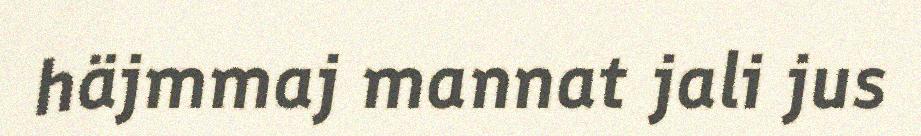
häjmmaj mannat jali jus